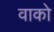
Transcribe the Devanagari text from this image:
वाको